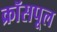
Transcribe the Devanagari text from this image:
क्रॉसपूल